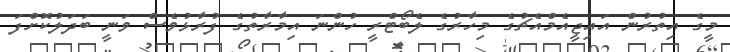
މީގެ އިތުރުން އައިޖީއެމްއެޗުގެ މިހާރުގެ ލެބޯޓްރީ ހުންނަ އިމާރާތުގެ ފުރާޅުވެސް ވަނީ ބަދަލުކޮށްފަ